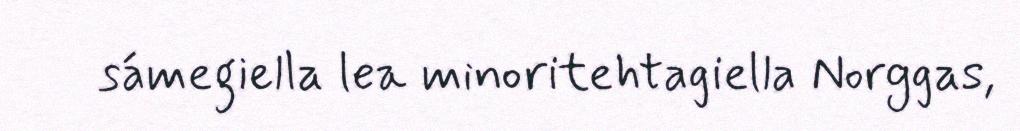
sámegiella lea minoritehtagiella Norggas,